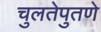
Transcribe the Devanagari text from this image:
चुलतेपुतणे